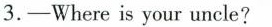
3.-Where is your uncle?